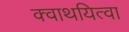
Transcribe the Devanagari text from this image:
क्वाथयित्वा